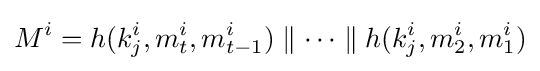
M^{i}=h(k_{j}^{i},m_{t}^{i},m_{t-1}^{i})\parallel \cdots \parallel h(k_{j}^{i},m_{2}^{i},m_{1}^{i})